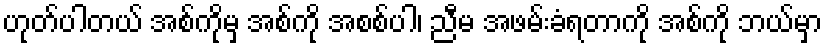
ဟုတ်ပါတယ် အစ်ကိုမှ အစ်ကို အစစ်ပါ၊ ညီမ အဖမ်းခံရတာကို အစ်ကို ဘယ်မှာ